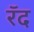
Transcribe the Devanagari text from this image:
रॅद